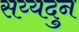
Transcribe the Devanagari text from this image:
सय्यदुन